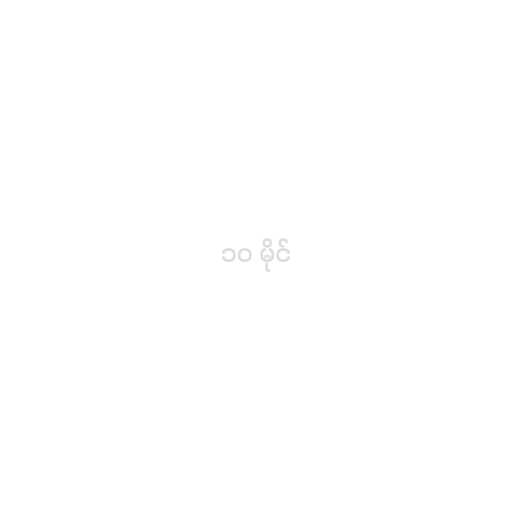
၁၀ မိုင်